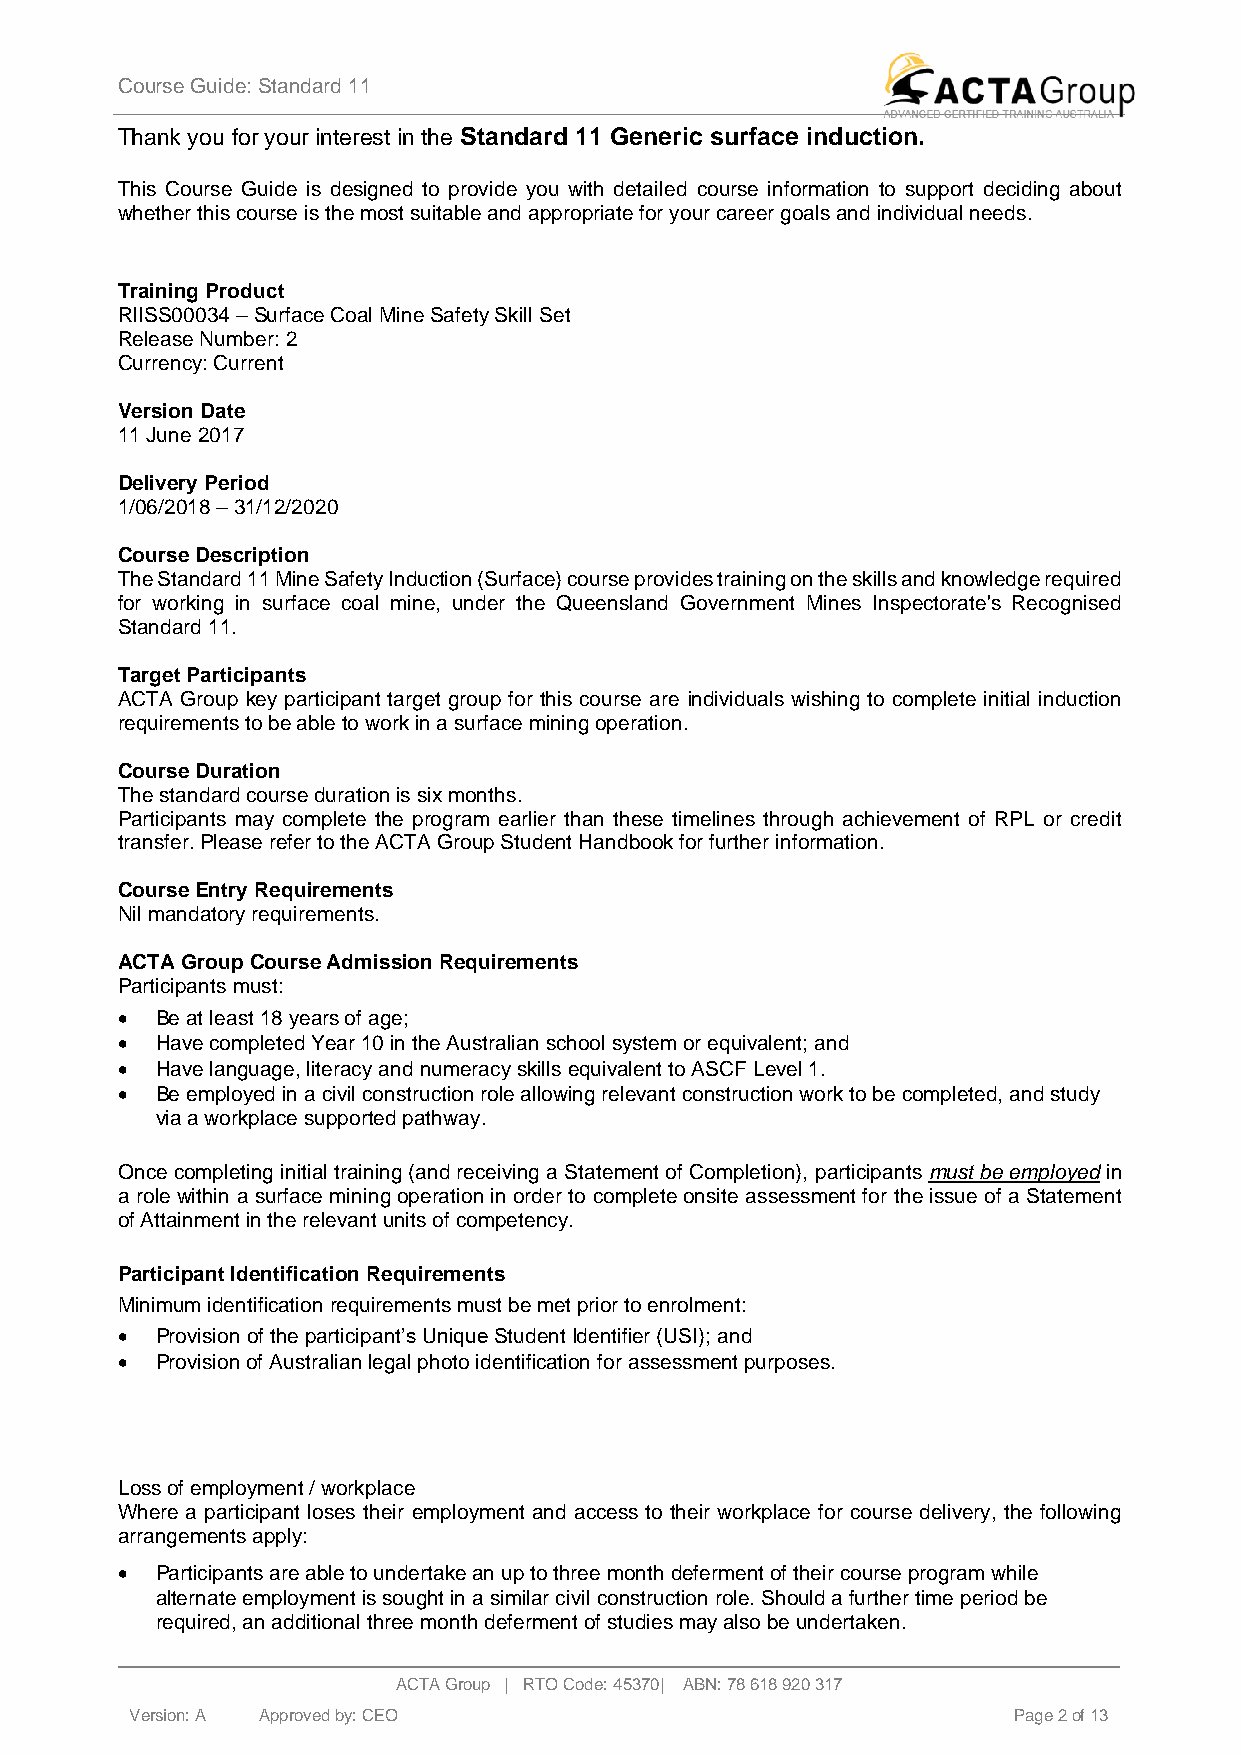
Course Guide: Standard 11
 Thank you for your interest in the Standard 11 Generic surface induction.
 This Course Guide is designed to provide you with detailed course information to support deciding about
 whether this course is the most suitable and appropriate for your career goals and individual needs.
 Training Product
 RIISS00034 – Surface Coal Mine Safety Skill Set
 Release Number: 2
 Currency: Current
 Version Date
 11 June 2017
 Delivery Period
 1/06/2018 – 31/12/2020
 Course Description
 The Standard 11 Mine Safety Induction (Surface) course provides training on the skills and knowledge required
 for working in surface coal mine, under the Queensland Government Mines Inspectorate's Recognised
 Standard 11.
 Target Participants
 ACTA Group key participant target group for this course are individuals wishing to complete initial induction
 requirements to be able to work in a surface mining operation.
 Course Duration
 The standard course duration is six months.
 Participants may complete the program earlier than these timelines through achievement of RPL or credit
 transfer. Please refer to the ACTA Group Student Handbook for further information.
 Course Entry Requirements
 Nil mandatory requirements.
 ACTA Group Course Admission Requirements
 Participants must:
 • Be at least 18 years of age;
 • Have completed Year 10 in the Australian school system or equivalent; and
 • Have language, literacy and numeracy skills equivalent to ASCF Level 1.
 • Be employed in a civil construction role allowing relevant construction work to be completed, and study
 via a workplace supported pathway.
 Once completing initial training (and receiving a Statement of Completion), participants must be employed in
 a role within a surface mining operation in order to complete onsite assessment for the issue of a Statement
 of Attainment in the relevant units of competency.
 Participant Identification Requirements
 Minimum identification requirements must be met prior to enrolment:
 • Provision of the participant’s Unique Student Identifier (USI); and
 • Provision of Australian legal photo identification for assessment purposes.
 Loss of employment / workplace
 Where a participant loses their employment and access to their workplace for course delivery, the following
 arrangements apply:
 • Participants are able to undertake an up to three month deferment of their course program while
 alternate employment is sought in a similar civil construction role. Should a further time period be
 required, an additional three month deferment of studies may also be undertaken.
 ACTA Group | RTO Code: 45370| ABN: 78 618 920 317
 Version: A A p p roved by: CEO                            Page 2 of 13